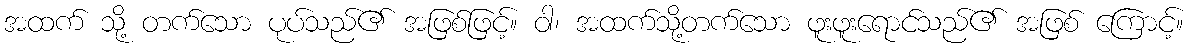
အထက် သို့ တက်သော ပုပ်သည်၏ အဖြစ်ဖြင့်။ ဝါ၊ အထက်သို့တက်သော ဖူးဖူးရောင်သည်၏ အဖြစ် ကြောင့်။